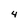
Character: 4